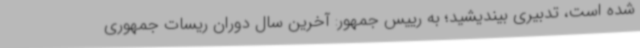
شده است، تدبیری بیندیشید؛ به رییس جمهور: آخرین سال دوران ریسات جمهوری